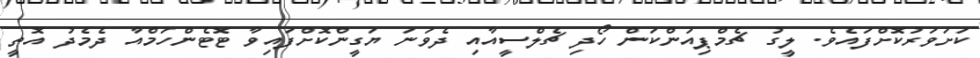
ކަށަވަރުކޮށްފައެވެ. ލީގު ޗެމްޕިއަންކަން ހޯދި ޗެލްސީއާއި ދެވަނަ ޔަގީންކޮށްފައިވާ ޓޮޓެންހަމްއާ ދެމެދު އޮތީ